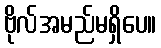
ဗိုလ်အမည်မရှိပေ။